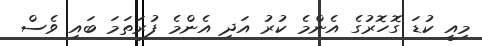
މިއީ ކުޑަ ގޮހޮރުގެ އެންމެ ކުރު އަދި އެންމެ ފުރަތަމަ ބައި ވެސް